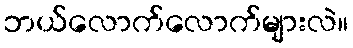
ဘယ်လောက်လောက်များလဲ။